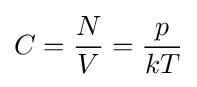
C={\frac {N}{V}}={\frac {p}{kT}}